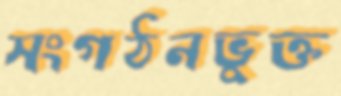
সংগঠনভুক্ত